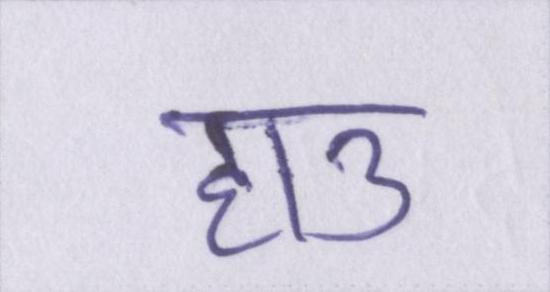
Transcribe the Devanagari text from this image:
हाउ